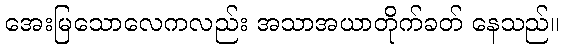
အေးမြသောလေကလည်း အသာအယာတိုက်ခတ် နေသည်။